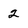
Character: 2